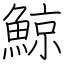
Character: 鯨